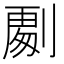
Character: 𭄏